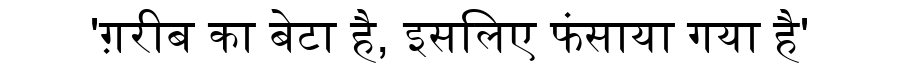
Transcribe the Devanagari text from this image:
'ग़रीब का बेटा है, इसलिए फंसाया गया है'